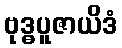
ဗုဒ္ဓပူဇာယိဒံ